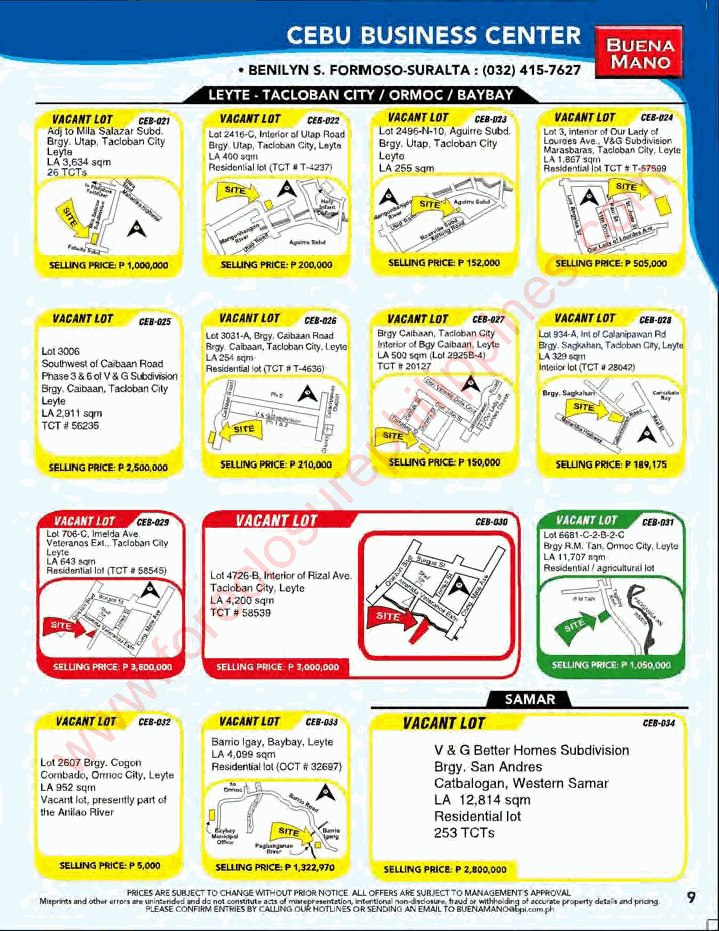
lEYTE TAClOBAN CITY I ORMOC I BAYBAY
 rACAIlHIr ctH/'
 AdjIO ....... SoIv.'Srbj. "....-.. ,. c,_or.....",.,...
 &\11.lJ\lf>. T-"CirI I<w ...... , r_c.,. .......
 "" LYA" 3 ._l'lm/ >                    m
 _"(fCT"~'1
 o
 c
 .
 s
 -                        e
 •.
 ..                      n  -
 rACAllrllIT .... ."A"C'''u' r..t.I.l.T ~- 9r"~A"CAcIiT-lrO'_ c.- p .i -, ".... -~A -t..U.T. iOT ~ ...
 ..... "-,~-_aoy.' - ._ore,rvpc-. ...... 9rrlls-,.,'_~C-07·_
 ~_o~t C_ _ "_"~"(~T CT"""" . r. C.. 0 T0 .0 ,... ,. ., i, . ........... , _"(TCT'''''''
 .P.h,a.o t3UotV&G_    rJltfI
 =a.g.,-_~ T_OIy ~I     hi        -~
 LA2.~II_              p
 On
 e                 ......
 $QO;G """1 p .._ _ $W.lNG -:f,' 2\0..00r0 <El1ftQ~ . ....- -"'"", ,..
 u
 s
 o
 l
 c
 e
 r
 o
 f
 .
 w
 w
 w                     VACAIITLOT
 _ '1111.110)0>0)", loyIo
 l c Lo " A9l S'_ 2_r " ,B . ," o O w m· r C o<oo ",r "o Yo , l.". L _A4 ",01 {111. O."., CT'~ B CV ' aQ& tY bG a S l8 oa ge n at l n. A.. ,.. n WH dro eem ss te es rn S Sub ad miv ais r ion
 V""""'I01. ..._ "" ..... .,. LA t2.8t4 sqm
 ...... ...,RiY ..
 Residen~allot
 253 TCTs
 ,